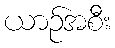
ယာဉ်အစီး